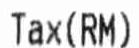
TAX (RM)